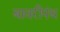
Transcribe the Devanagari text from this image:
बावरीपंथ